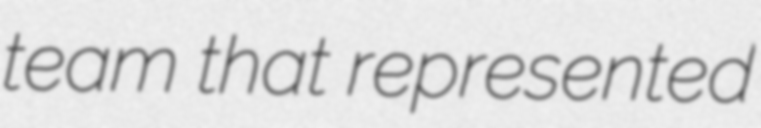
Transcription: team that represented